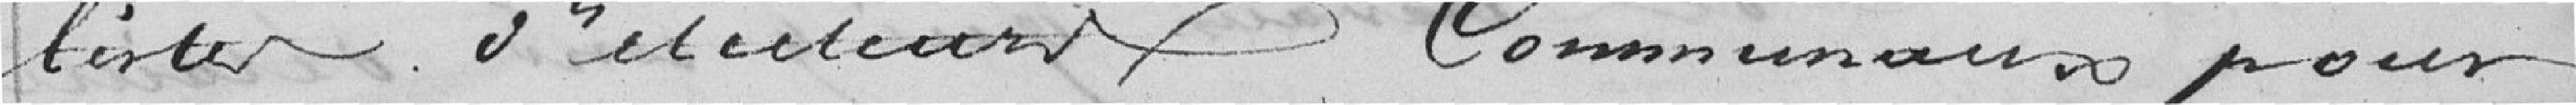
liste d'électeurs communaux pour